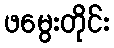
ဖမွေးတိုင်း